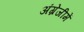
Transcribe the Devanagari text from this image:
अंग्रेजीमें